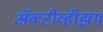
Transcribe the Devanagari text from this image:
ॲक्टीव्हीझम